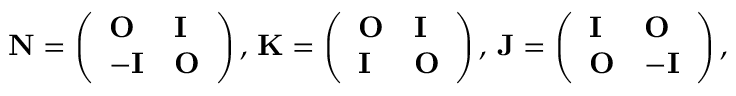
\begin{array} { r } { { \bf N } = \left( \begin{array} { l l } { { \bf O } } & { { \bf I } } \\ { - { \bf I } } & { { \bf O } } \end{array} \right) , \, { \bf K } = \left( \begin{array} { l l } { { \bf O } } & { { \bf I } } \\ { { \bf I } } & { { \bf O } } \end{array} \right) , \, { \bf J } = \left( \begin{array} { l l } { { \bf I } } & { { \bf O } } \\ { { \bf O } } & { - { \bf I } } \end{array} \right) , } \end{array}